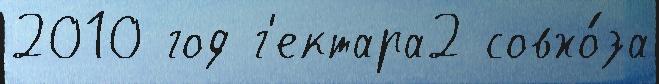
2010 год г'ектара2 совхо́за